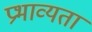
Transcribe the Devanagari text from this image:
प्रभाव्यता